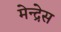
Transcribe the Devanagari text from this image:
मेन्द्रेस